Indian journal of veterinary science and animal husbandry - Volume 7,
Year: 1937
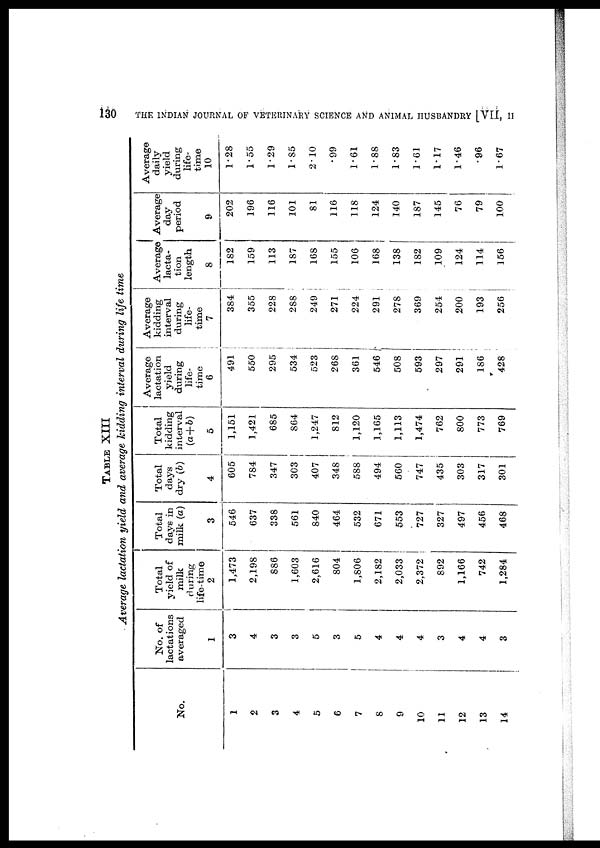
130
THE INDIAN JOURNAL OF VETERINARY SCIENCE AND ANIMAL HUSBANDRY [VII, II
TABLE XIII
Average lactation yield and average kidding interval during life time
No.
1
2
3
4
5
6
7
8
9
10
11
12
13
14
No. of
lactations
averaged
1
3
4
3
3
5
3
5
4
4
4
3
4
4
3
Total
yield of
milk
during
life-time
2
1,473
2,198
886
1,603
2,616
804
1,806
2,182
2,033
2,372
892
1,166
742
1,284
Total
days in
milk (a)
3
546
637
338
561
840
464
532
671
553
727
327
497
456
468
Total
days
dry (b)
4
605
784
347
303
407
348
588
494
560
747
435
303
317
301
Total
kidding
interval
(a + b)
5
1,151
1,421
685
864
1,247
812
1,120
1,165
1,113
1,474
762
800
773
769
Average
lactation
yield
during
life-
time
6
491
550
295
534
523
268
361
546
508
593
297
291
186
428
Average
kidding
interval
during
life-
time
7
384
355
228
288
249
271
224
291
278
369
254
200
193
256
Average
lacta-
tion
length
8
182
159
113
187
168
155
106
168
138
182
109
124
114
156
Average
day
period
9
202
196
116
101
81
116
118
124
140
187
145
76
79
100
Average
daily
yield
during
life-
time
10
1.28
1.55
1.29
1.85
2.10
.99
1.61
1.88
1.83
1.61
1.17
1.46
.96
1.67